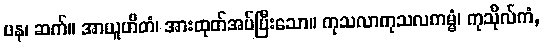
ပန၊ ဆက်။ အာယူဟိတံ၊ အားထုတ်အပ်ပြီးသော။ ကုသလာကုသလကမ္မံ၊ ကုသိုလ်ကံ,